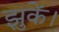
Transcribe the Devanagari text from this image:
झुकें।